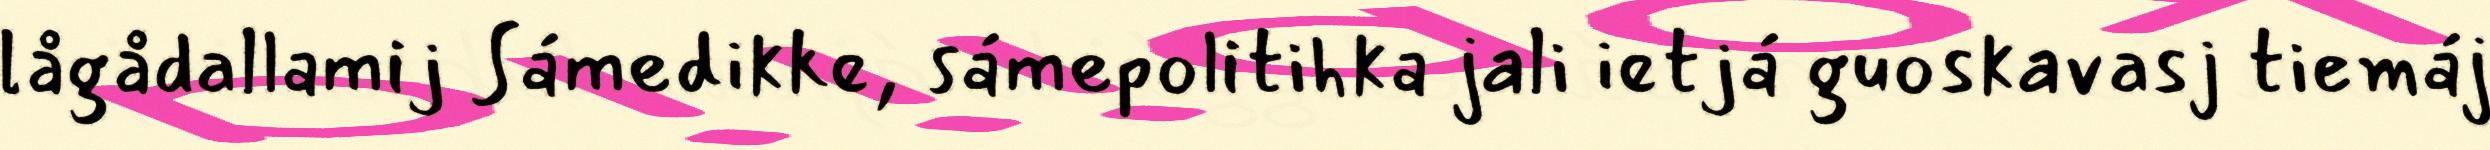
lågådallamij Sámedikke, sámepolitihka jali ietjá guoskavasj tiemáj